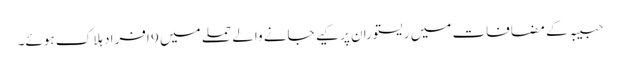
حبیبہ کے مضافات میں ریستوران پر کیے جانے والے حملے میں 9 افراد ہلاک ہوئے۔